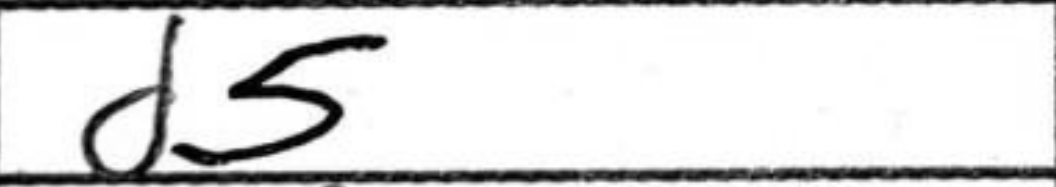
Transcription: d5